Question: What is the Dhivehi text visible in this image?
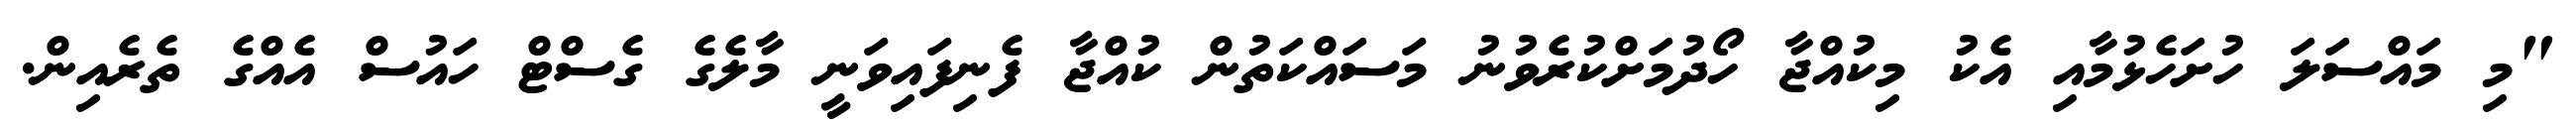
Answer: "މި މައްސަލަ ހުށަހެޅުމާއި އެކު މިކުއްޖާ ހޯދުމަށްކުރެވުނު މަސައްކަތުން ކުއްޖާ ފެނިފައިވަނީ މާލެގެ ގެސްޓް ހައުސް އެއްގެ ތެރެއިން.